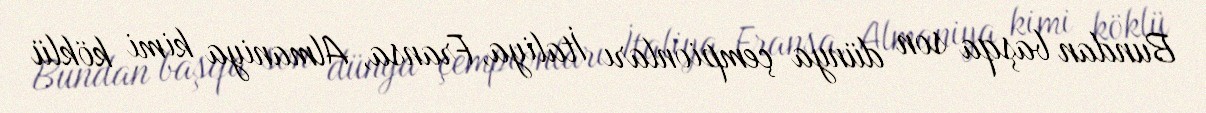
Bundan başqa son dünya çempionları İtaliya, Fransa, Almaniya kimi köklü